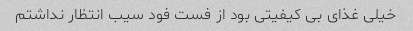
خیلی غذای بی کیفیتی بود از فست فود سیب انتظار نداشتم